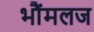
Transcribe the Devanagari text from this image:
भौंमलज